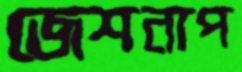
জেশনাপ